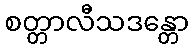
စတ္တာလီသဒန္တော